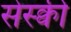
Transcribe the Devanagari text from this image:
सेस्क्वी